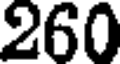
260